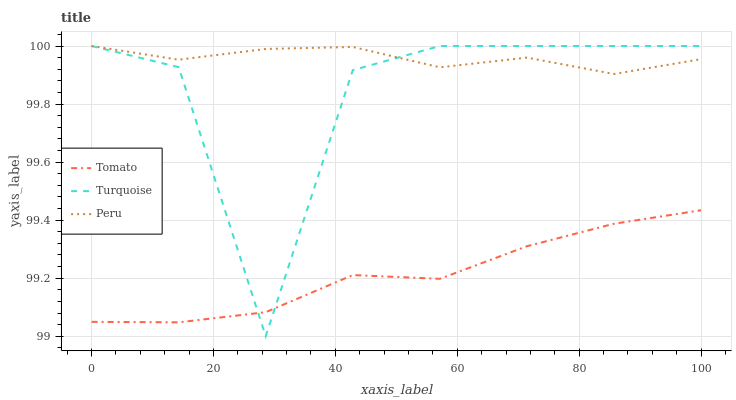
| xaxis_label | Tomato | Turquoise | Peru |
 | --- | --- | --- | --- |
 | 0 | 99 | 100 | 100 |
 | 14.3 | 99 | 99.9 | 100 |
 | 28.6 | 99.1 | 99 | 100 |
 | 42.9 | 99.2 | 99.9 | 100 |
 | 57.1 | 99.2 | 100 | 99.9 |
 | 71.4 | 99.3 | 100 | 100 |
 | 85.7 | 99.4 | 100 | 99.9 |
 | 100 | 99.4 | 100 | 100 |